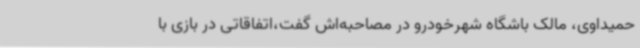
حمیداوی، مالک باشگاه شهرخودرو در مصاحبه‌اش گفت،اتفاقاتی در بازی با